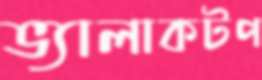
ভ্যালাকটপ